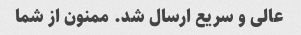
عالی و سریع ارسال شد. ممنون از شما